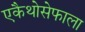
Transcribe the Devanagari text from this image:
एकैथोसेफाला